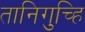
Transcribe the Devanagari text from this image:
तानिगुच्हि